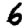
Digit: 6